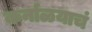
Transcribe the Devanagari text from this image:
कर्नाळयाचं